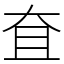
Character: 㚗